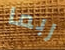
ربما